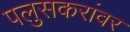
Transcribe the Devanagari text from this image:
पलुसकरांवर